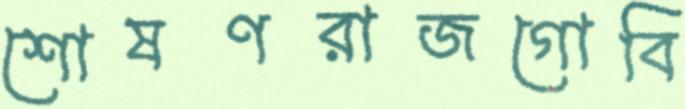
শোষণরাজগোবি